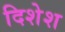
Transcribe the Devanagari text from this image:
दिशेश